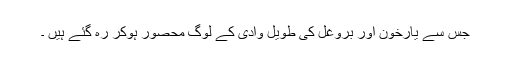
جس سے یارخون اور بروغل کی طویل وادی کے لوگ محصور ہوکر رہ گئے ہیں ۔